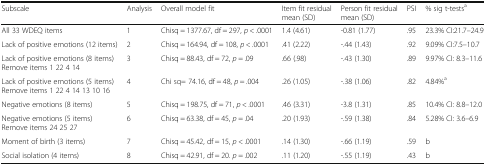
<table><thead><tr><td><b>Subscale</b></td><td><b>Analysis</b></td><td><b>Overall model fit</b></td><td><b>Item fit residual mean (SD)</b></td><td><b>Person fit residual mean (SD)</b></td><td><b>PSI</b></td><td><b>% sig t-tests<sup>a</sup></b></td></tr></thead><tbody><tr><td>All 33 WDEQ items</td><td>1</td><td>Chisq = 1377.67, df = 297, <i>p</i> &lt; .0001</td><td>1.4 (4.61)</td><td>-0.81 (1.77)</td><td>.95</td><td>23.3% CI:21.7–24.9</td></tr><tr><td>Lack of positive emotions (12 items)</td><td>2</td><td>Chisq = 164.94, df = 108, <i>p</i> &lt; .0001</td><td>.41 (2.22)</td><td>-.44 (1.43)</td><td>.92</td><td>9.09% CI:7.5–10.7</td></tr><tr><td>Lack of positive emotions (8 items)Remove items 1 22 4 14</td><td>3</td><td>Chisq = 88.43, df = 72, <i>p</i> = .09</td><td>.66 (.98)</td><td>-.43 (1.30)</td><td>.89</td><td>9.97% CI: 8.3–11.6</td></tr><tr><td>Lack of positive emotions (5 items)Remove items 1 22 4 14 13 10 16</td><td>4</td><td>Chi sq= 74.16, df = 48, <i>p</i> = .004</td><td>.26 (1.05)</td><td>-.38 (1.06)</td><td>.82</td><td>4.84%<sup>a</sup></td></tr><tr><td>Negative emotions (8 items)</td><td>5</td><td>Chisq = 198.75, df = 71, <i>p</i> &lt; .0001</td><td>.46 (3.31)</td><td>-3.8 (1.31)</td><td>.85</td><td>10.4% CI: 8.8–12.0</td></tr><tr><td>Negative emotions (5 items)Remove items 24 25 27</td><td>6</td><td>Chisq = 63.38, df = 45, <i>p</i> = .04</td><td>.20 (1.93)</td><td>-.59 (1.38)</td><td>.84</td><td>5.28% CI: 3.6–6.9</td></tr><tr><td>Moment of birth (3 items)</td><td>7</td><td>Chisq = 45.42, df = 15, <i>p</i> &lt; .0001</td><td>.14 (1.30)</td><td>-.66 (1.19)</td><td>.59</td><td>b</td></tr><tr><td>Social isolation (4 items)</td><td>8</td><td>Chisq = 42.91, df = 20. <i>p</i> = .002</td><td>.11 (1.20)</td><td>-.55 (1.19)</td><td>.43</td><td>b</td></tr></tbody></table>